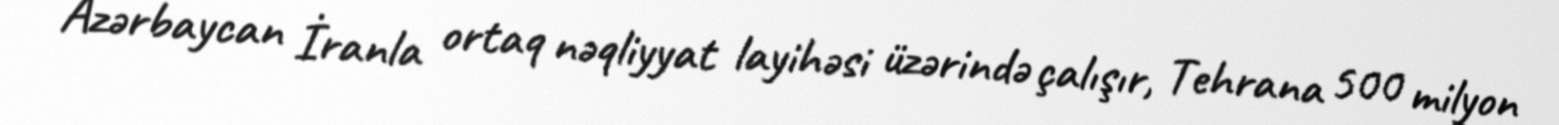
Azərbaycan İranla ortaq nəqliyyat layihəsi üzərində çalışır, Tehrana 500 milyon